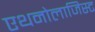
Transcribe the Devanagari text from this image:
एथनोलाजिस्ट